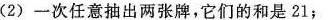
(2)一次任意抽出两张牌，它们的和是21；